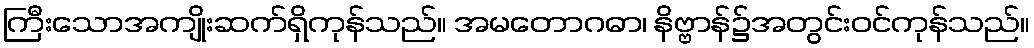
ကြီးသောအကျိုးဆက်ရှိကုန်သည်။ အမတောဂဓာ၊ နိဗ္ဗာန်၌အတွင်းဝင်ကုန်သည်။